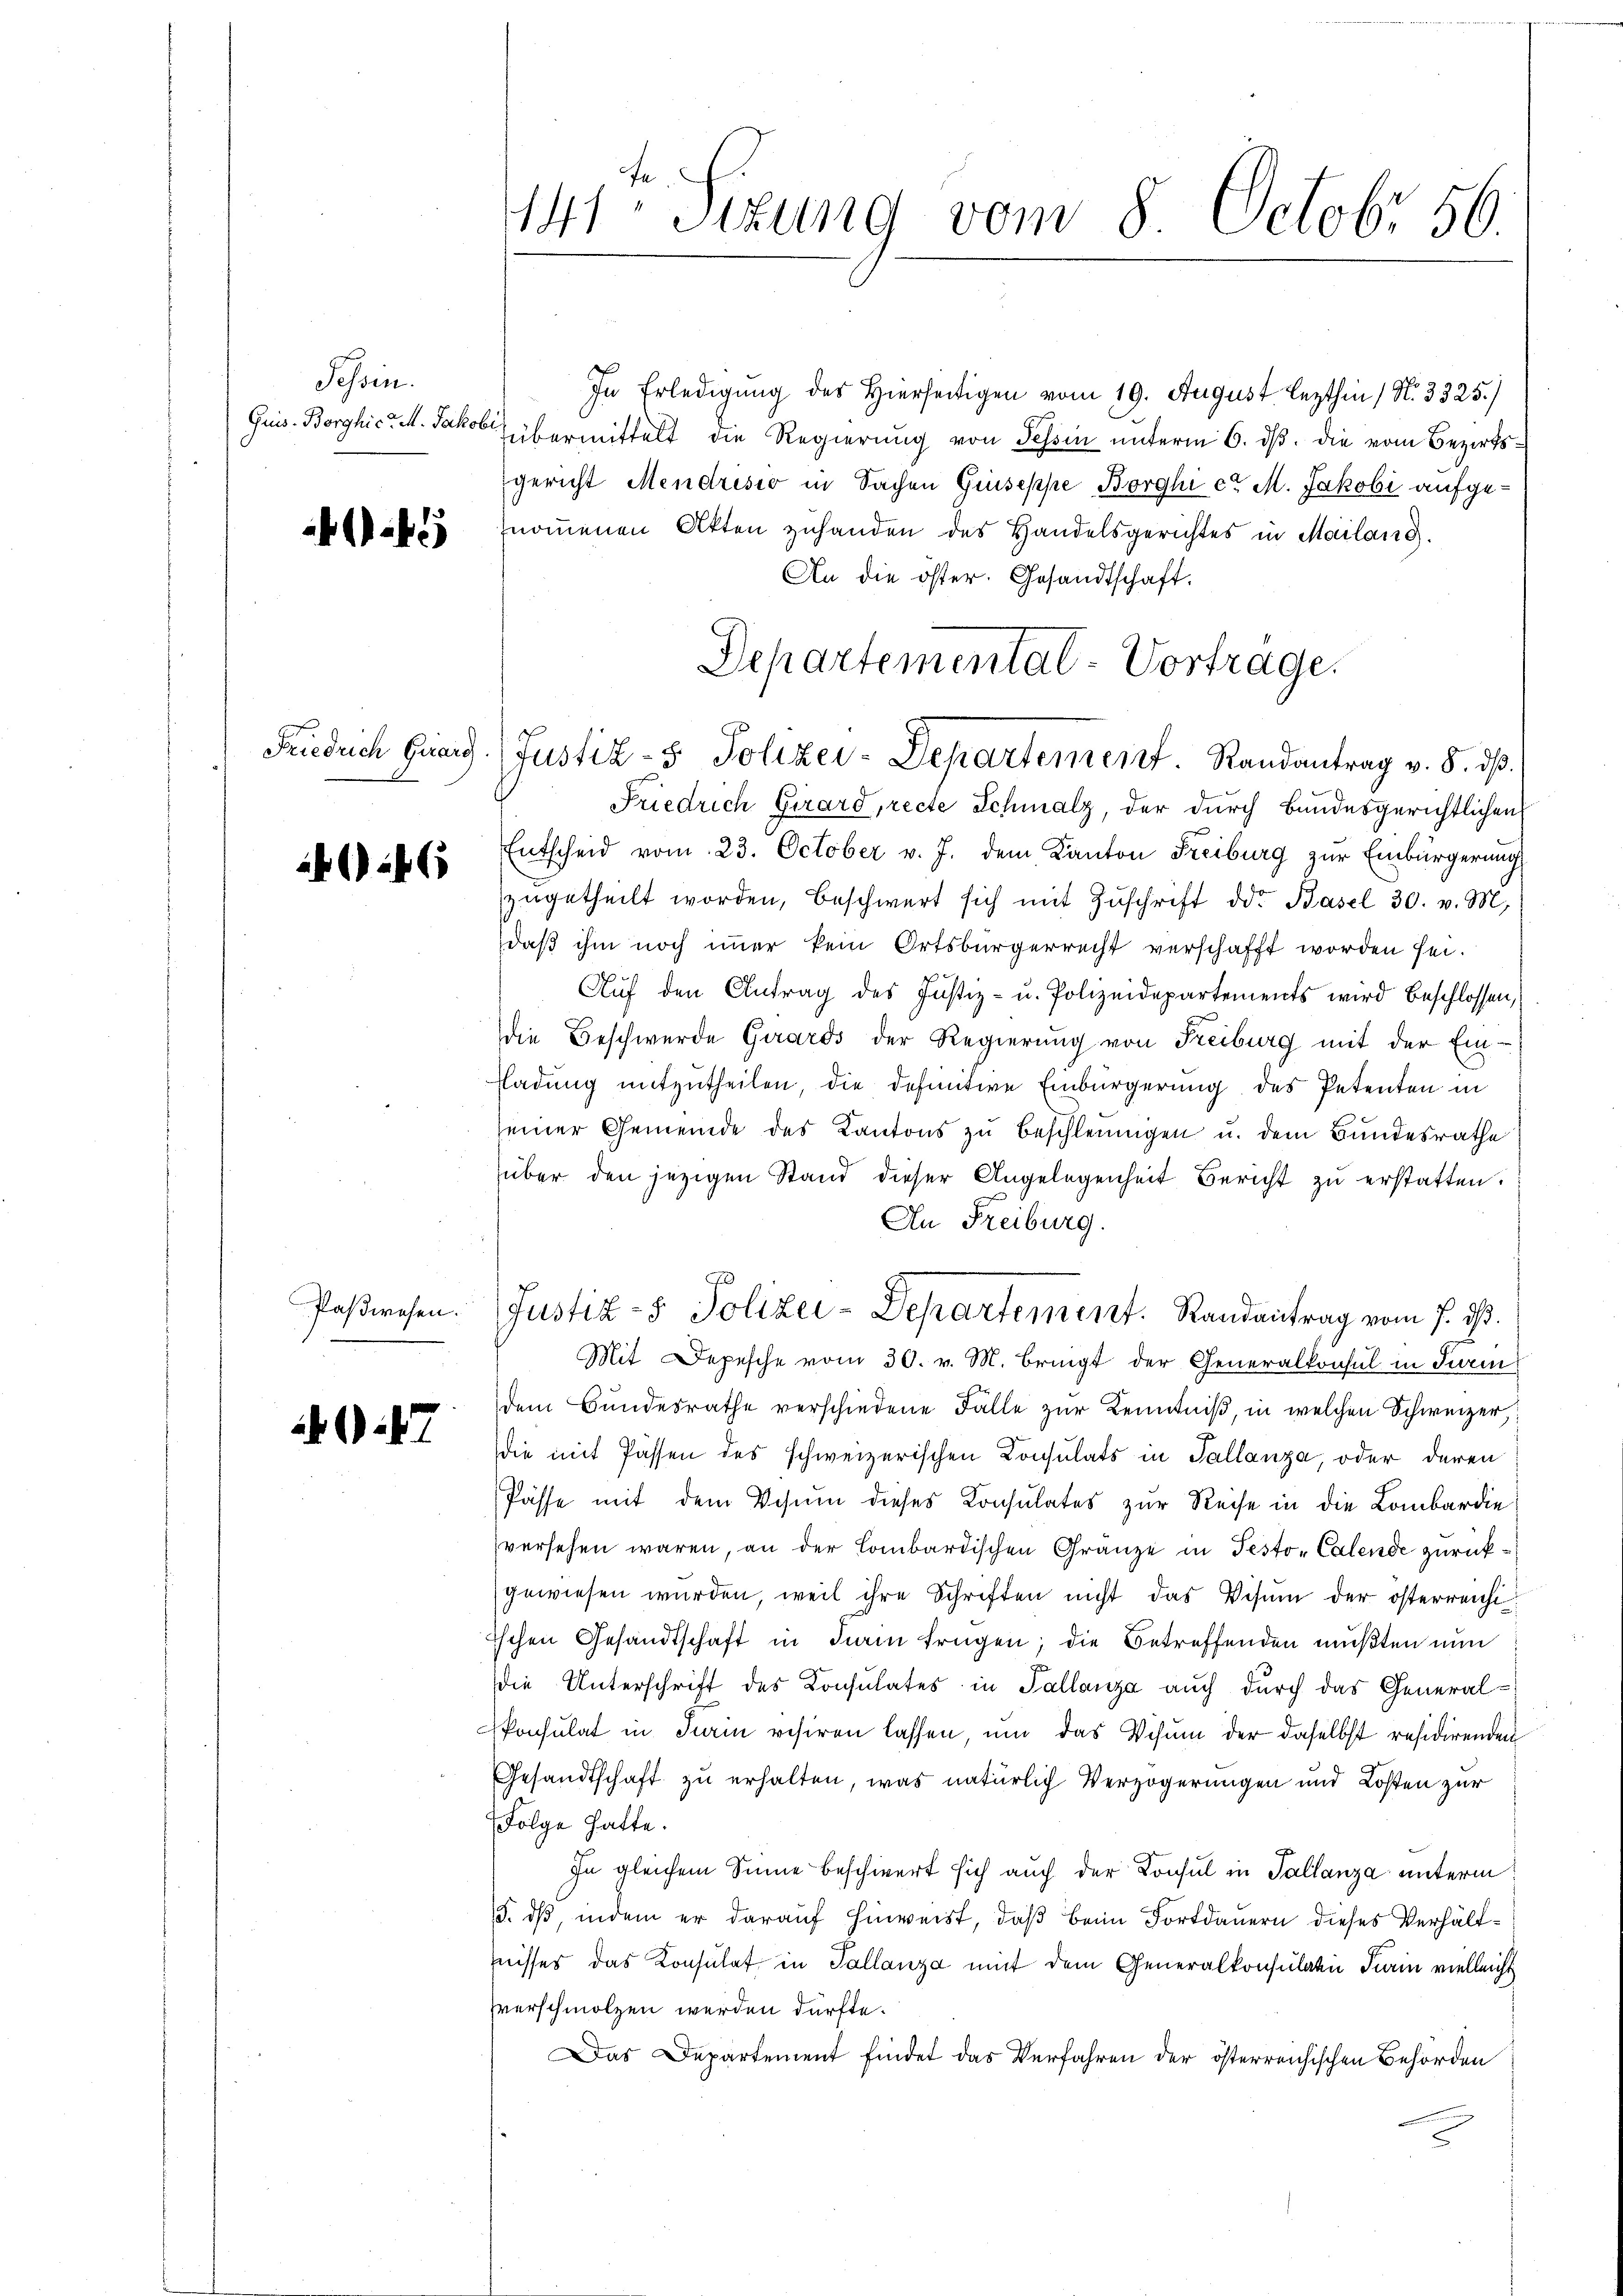
Tessin.

Friedrich Girard.

26

27

441. Sizung vom 8. Octobr 56.

In Erledigung des Hierseitigen vom 19. August lezthin 1 N. 3325.)
Guis. Borghic. M. Jakob übermittelt die Regierung von Tessin unterm 6. ds. die vom Bezirksgericht Mendrisio in Sachen Gruseppe Borghi et M. Jakobi aufgenommenen Akten zuhanden des Handelsgerichtes in Mailand.
An die öster. Gesandtschaft.
Friedrich Girard, recte Schmalz, der durch Bundesgerichtlichen
Entscheid vom 23. October v. J. dem Kanton Freiburg zur Einbürgerung
zŭgetheilt worden, beschwert sich mit Zŭschrift od. Basel 30. v. M.
daß ihm noch immer kein Ortsbürgerrecht verschafft worden sei.
Auf den Antrag des Justiz- u. Polizeidepartements wird beschlossen,
die Beschwerde Girards der Regierŭng von Freiburg mit der Ein¬
Fladung mitzutheilen, die definitive Einbürgerung des Petenten in
seiner Gemeinde des Kantons zu beschleunigen u. dem Bundesrathe
über den jezigen Stand dieser Angelegenheit Bericht zu erstatten.
An Freiburg.
Paßwesen. Justiz- & Polizei-Departement. Randantrag vom 7. ds.
Mit Depesche vom 30. v. M. bringt der Generalkonsul in Turm
dem Bundesrathe verschiedene Falle zŭr Kenntniß, in welchen Schweizer,
die mit Passen des schweizerischen Consulats in Tallanza, oder deren
Pässe mit dem Vesum dieses Consulates zur Reise in die Lombardie
versehen wären, an der Combardischen Gränze in Pesto-Calende zurückgewiesen wurden, weil ihre Schriften nicht das Visum der österreicht¬
Eschen Gesandtschaft in darin frügen; die Betreffenden mußten nun
die Unterschrift des Konsulates in Pallanza auch durch das General-
Ponsulat in Turin visiren lassen, um das Visum der daselbst residirenden
Gesandtschaft zu erhalten, was natürlich Verzögerungen und Kosten zur
Folge hatte.
In gleichem Sinne beschwert sich auch der Konsul in Tallanza unterm
5. dß, indem er darauf hinweist, daß beim Fortdauern dieses Verhältnisses das Konsulat in Tallanza mit dem Generalkonsulatin Train vielleicht
sverschmolzen werden dürfte.
Das Departement findet das Verfahren der österreichischen Behörden

Departementat-Vorträge.
Justiz- & Polizei-Departement. Randantrag v. 8. ds.